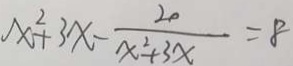
x ^ { 2 } + 3 x - \frac { 2 0 } { x ^ { 2 } + 3 x } = 8